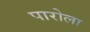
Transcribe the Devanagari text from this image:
पारोला